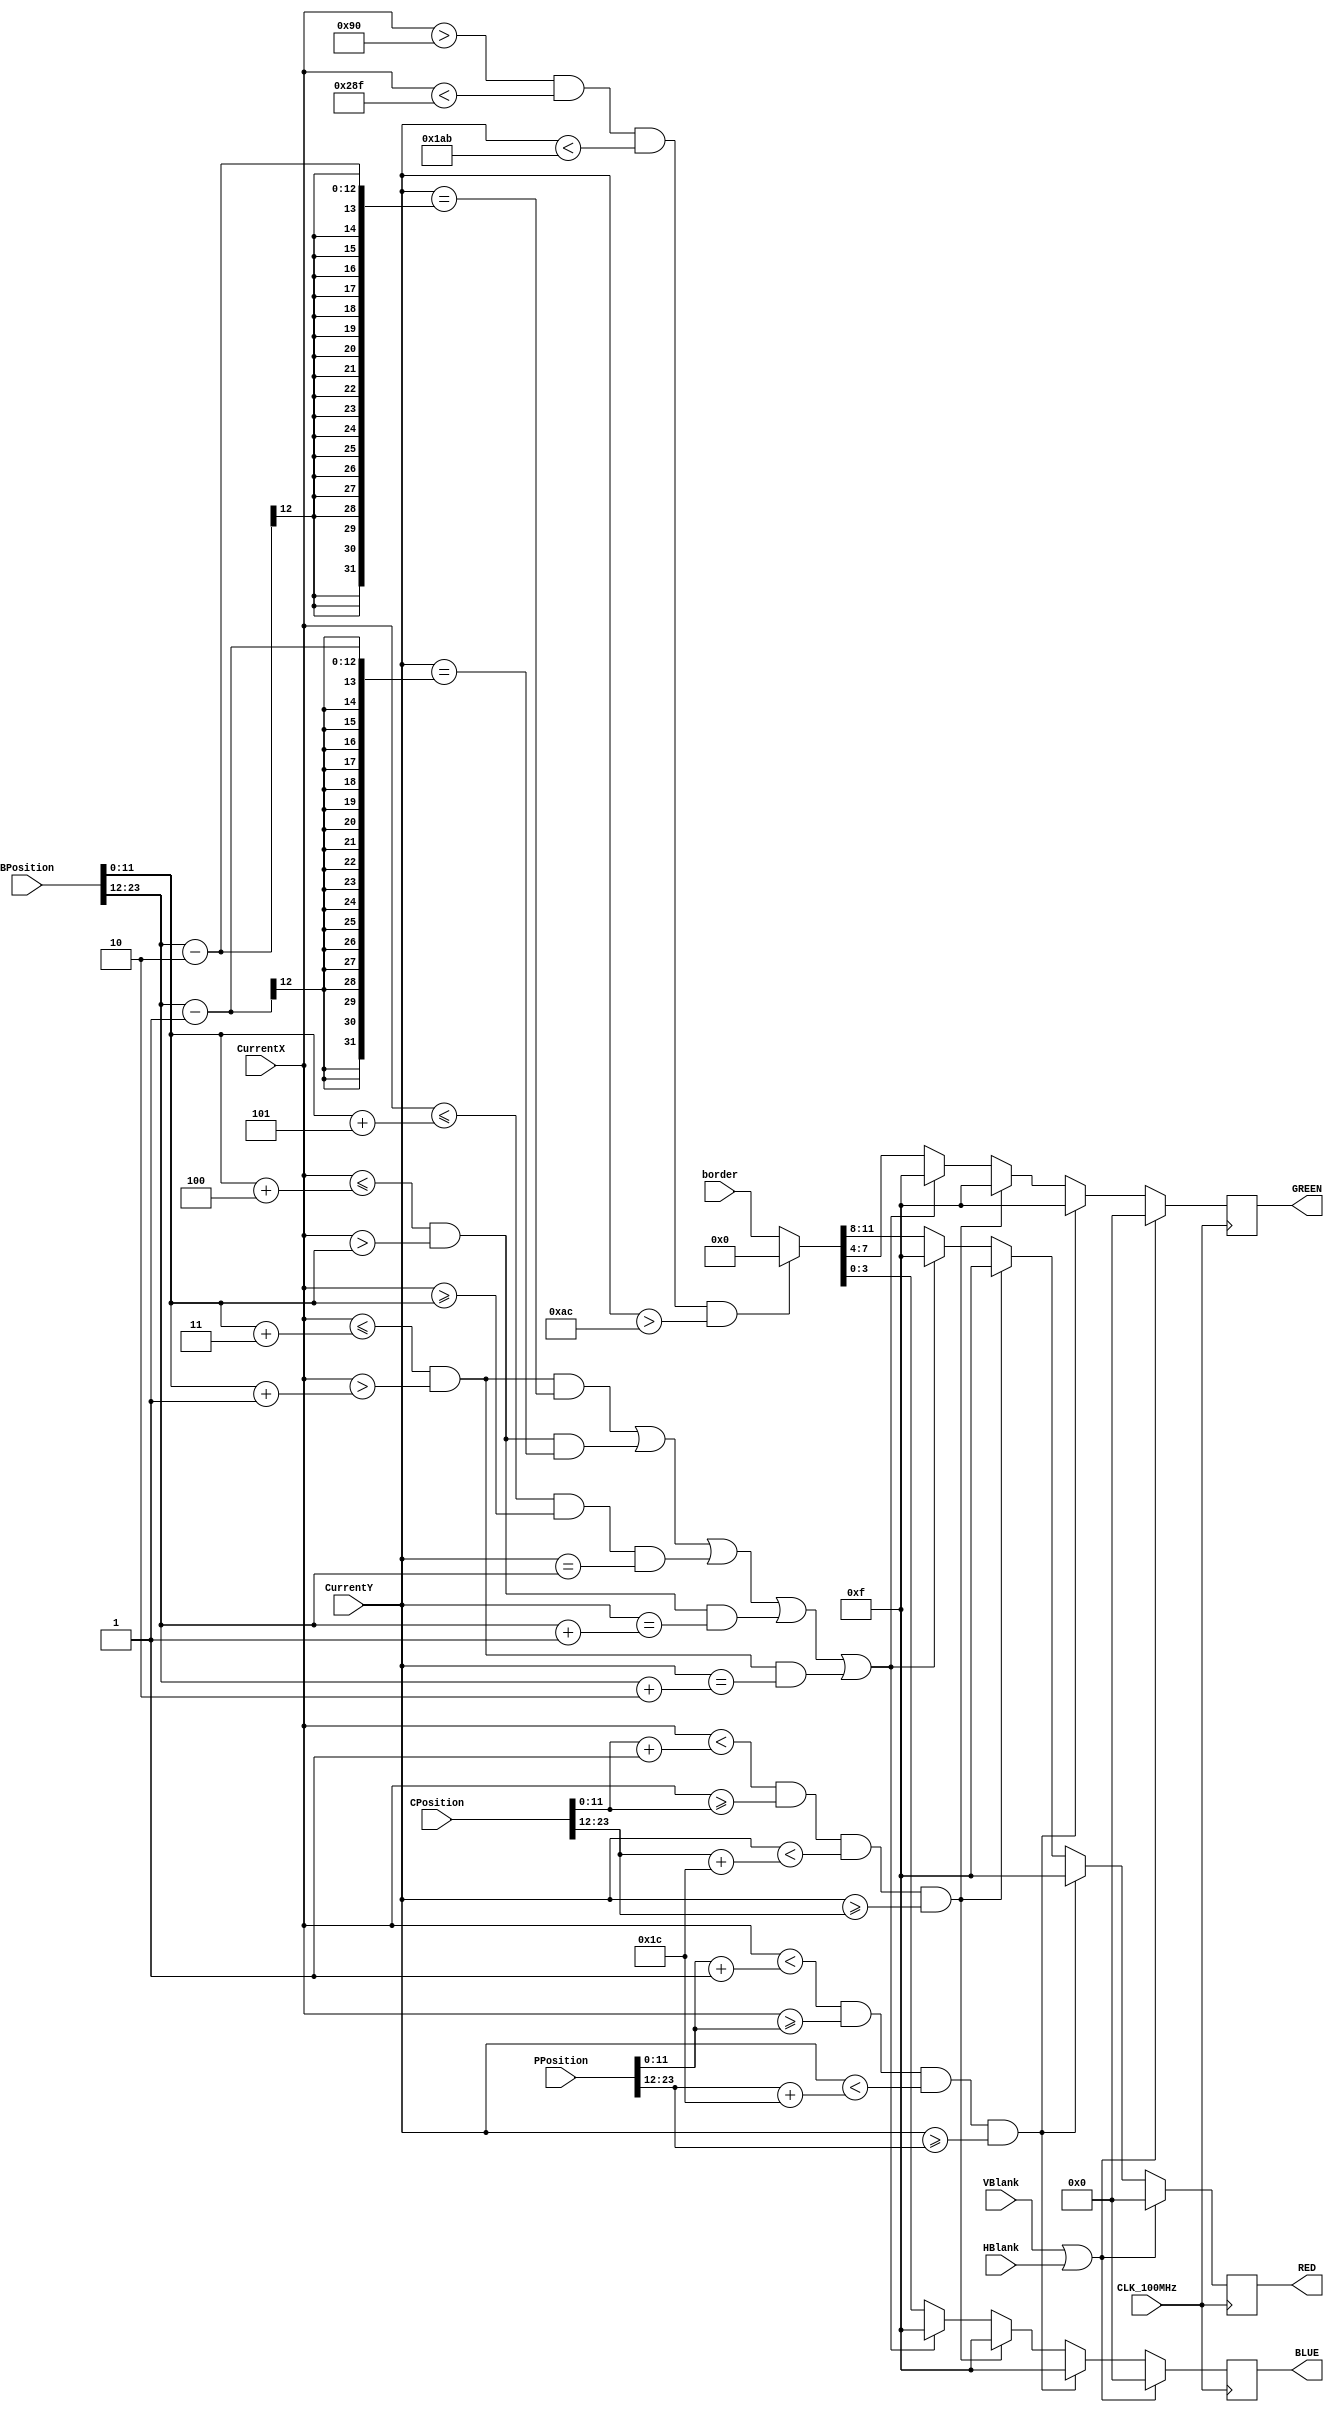
// VGAClient.v - Example VGA color computation client
// UW EE 4490 
// Adapted from original code by Jerry C. Hamann
// Computes the desired color at pix (X,Y), must do this fast!

module VGAClient(RED,GREEN,BLUE,CurrentX,CurrentY,VBlank,HBlank,PPosition,CPosition,BPosition,border,CLK_100MHz);
    output  [3:0]   RED, GREEN, BLUE;
    input   [10:0]  CurrentX, CurrentY;
    input           VBlank, HBlank;
    input           CLK_100MHz;
	input   [11:0]  border;
	input	[23:0]	PPosition,CPosition,BPosition;
	
    reg     [3:0]   RED, GREEN, BLUE;
 
	
	always @(posedge CLK_100MHz) begin
		if(VBlank || HBlank)
            {RED,GREEN,BLUE}=0; // Must drive colors only during non-blanking times.
        else if ((CurrentX < PPosition[11:0]  + 4'h1) && (CurrentX >= PPosition[11:0]) && 												// Rx			Create the player paddle based on the figure to the left. 
				(CurrentY < PPosition[23:12] + 5'd28) && (CurrentY >= PPosition[23:12]))												// xx			The R is the reference point. The paddle is 28 pixels tall
				{RED,GREEN,BLUE} = 12'hfff;																								// xx			Set the paddles color to white.
				
		else if ((CurrentX < CPosition[11:0]  + 4'h1) && (CurrentX >= CPosition[11:0]) && 												// Rx			Create the computers paddle based on the same constraints 
				(CurrentY < CPosition[23:12] + 5'd28) && (CurrentY >= CPosition[23:12]))												// xx			as the players paddle. Also make it white.
				{RED,GREEN,BLUE} = 12'hfff;																								// xx
				
		else if ((CurrentX <= BPosition[11:0] + 4'h3 && CurrentX >  BPosition[11:0] + 4'h1 && CurrentY == BPosition[23:12] - 2)||		//   xx			Create the ball based on the 
				(CurrentX <= BPosition[11:0] + 4'h4 && CurrentX >  BPosition[11:0]     && CurrentY == BPosition[23:12] - 1)||		    //  xxxx		figure to the left. The R is
				(CurrentX <= BPosition[11:0] + 4'h5 && CurrentX >= BPosition[11:0]     && CurrentY == BPosition[23:12])||			    // Rxxxxx		the reference point provided by
				(CurrentX <= BPosition[11:0] + 4'h4 && CurrentX >  BPosition[11:0]     && CurrentY == BPosition[23:12] + 1)||		    //  xxxx		BPosition and the x's are pixels
				(CurrentX <= BPosition[11:0] + 4'h3 && CurrentX >  BPosition[11:0] + 4'h1 && CurrentY == BPosition[23:12] + 2))		    //   xx			that form the ball.
				{RED,GREEN,BLUE} = 12'hfff;
				
		else if (CurrentX > 12'd144 && CurrentX < 12'd655 && CurrentY < 12'd427 && CurrentY > 12'd172)									// Create the play area 512 by 256 pixels
				{RED,GREEN,BLUE} = 12'h000;																								// Make the play area black.
				
		else
				{RED,GREEN,BLUE} = border;																								// Make all other pixels the random color input.
	end	
 endmodule